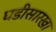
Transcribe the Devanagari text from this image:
घडीसारखा